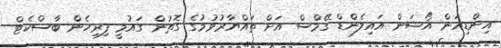
އިންޑިއަން އޯޝަން އައިލެންޑް ގޭމްސް އަށް ތައްޔާރުވުމުގެ ގޮތުން ގައުމީ ފިރިހެން ބާސްކެޓް